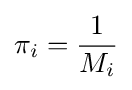
\pi _{i}={\frac {1}{M_{i}}}